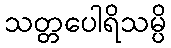
သတ္တပေါရိသမ္ပိ